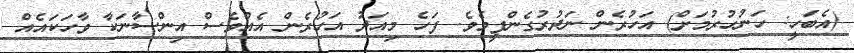
(އެބަހީ: ހަނުހުރުމަށް) އަހުރެން ނަދުރުގެންފީމެވެ. ފަހެ މިއަދު އަހުރެން އެއްވެސް އިންސާނަކާ ވާހަކައެއް